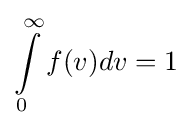
\int \limits _{0}^{\infty }f(v)dv=1